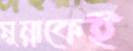
মুন্নাকেই